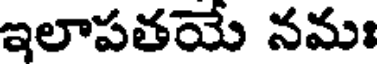
ఇలాపతయే నమః